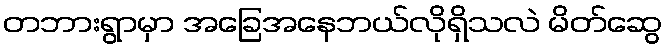
တဘားရွာမှာ အခြေအနေဘယ်လိုရှိသလဲ မိတ်ဆွေ